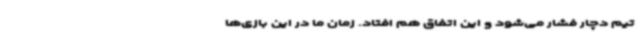
تیم دچار فشار می‌شود و این اتفاق هم افتاد. زمان ما در این بازی‌ها